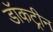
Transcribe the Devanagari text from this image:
डॉकट्रीन